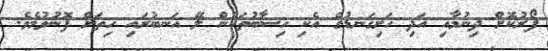
ފޯރުކޮށް ދިނުމާއި އަދި ހަށިގަނޑުގެ އެކި ހިސާބުތަކުން ލޭ އަނބުރައި ހިތަށް ފޮނުވުމެވެ.